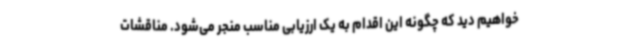
خواهیم دید که چگونه این اقدام به یک ارزیابی مناسب منجر می‌شود. مناقشات